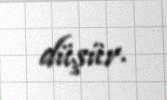
düşür.